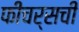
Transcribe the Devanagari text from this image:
फीचर्सची